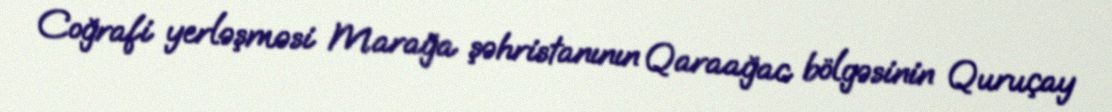
Coğrafi yerləşməsi Marağa şəhristanının Qaraağac bölgəsinin Quruçay